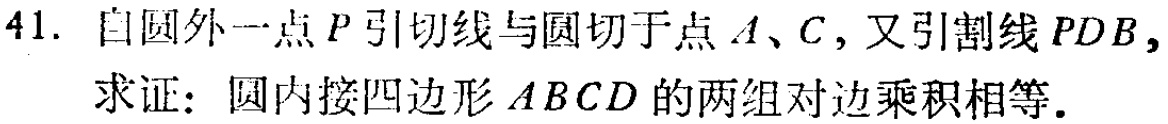
41. 自圆外一点\(P\)引切线与圆切于点\(A\)、\(C\)，又引割线\(PDB\)，
求证：圆内接四边形\(ABCD\)的两组对边乘积相等.